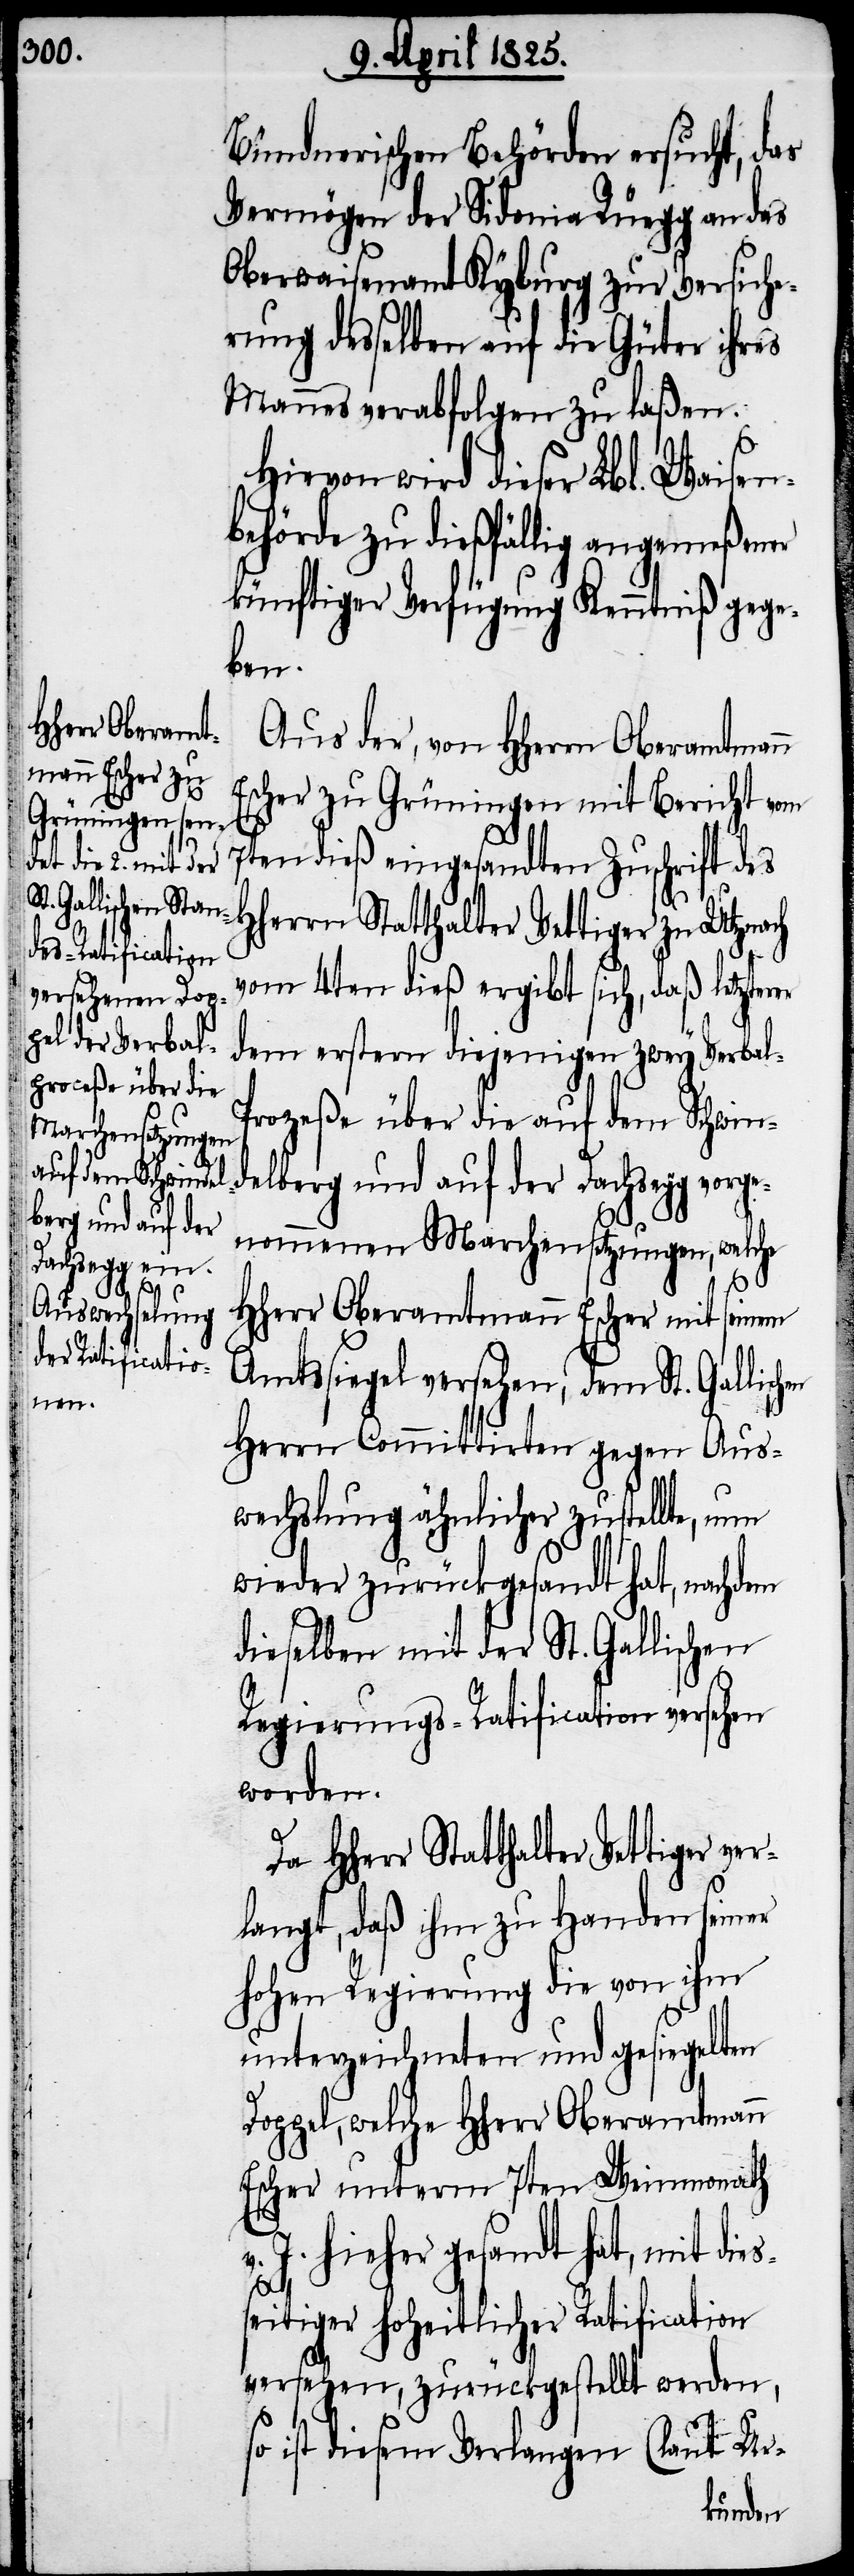
Bündnerischen Behörden ersucht, das
Vermögen der Sidonia Rüegg an das
Oberwaisenamt Kyburg zur Versiche¬
rung desselben auf die Güter ihres
Mannes verabfolgen zu laßen.
Hievon wird dieser Lbl. Waisen¬
behörde zu dießfällig angemeßener
künftiger Verfügung Kenntniß gege¬
hen
Aus der, von HHerrn Oberamtmann
Escher zu Grüningen mit Bericht vom
7ten dieß eingesandten Zuschrift des
HHerr Statthalter Vettiger ver¬
vom 4ten dieß ergibt sich, daß letzterer
dem erstern diejenigen zwey Verbal-P¬
rozeße über die auf dem Schwin¬
delberg und auf der Dachsegg vorge¬
nommenen Marchensetzungen, welche
HHerr Oberamtmann Escher mit seinem
Amtssiegel versehen, dem St. Gallisc¬
Herrn Committirten gegen Aus¬
wechslung ähnlicher zustellte, nun
wieder zurückgesandt hat, nachdem
dieselben mit der St. Gallischen
Regierungs-Ratification versehen
worden.
langt, daß ihm zu Handen seiner
hohen Regierung die von ihm
unterzeichneten und gesiegelten
Doppel, welche Hherr Oberamtmann
Escher unterm 7ten Weinmonath
J. hieher gesandt hat, mit dies¬
seitiger hoheitlicher Ratification
versehen, zurückgestellt werden,
ist diesem Verlangen (laut Ur-